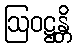
ဩဝဋ္ဌန္တိ